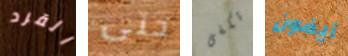
القرد حتى تكفى آيفون